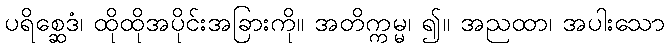
ပရိစ္ဆေဒံ၊ ထိုထိုအပိုင်းအခြားကို။ အတိက္ကမ္မ၊ ၍။ အညထာ၊ အပါးသော